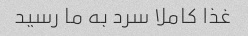
غذا کاملا سرد به ما رسید